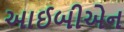
આઈબીએન